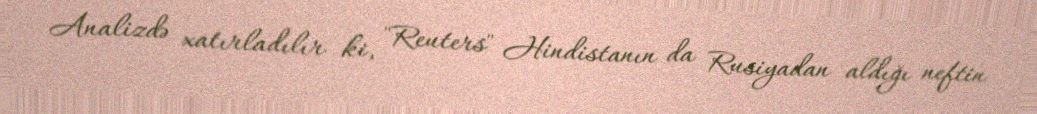
Analizdə xatırladılır ki, "Reuters" Hindistanın da Rusiyadan aldığı neftin